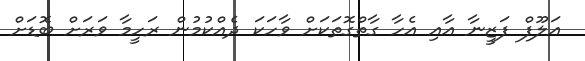
އަލޫފް ފަޒީނާ އާއި އެހާ ގާތްގޮތަކަށް ވާހަކަ ދެއްކުމުން ރަހީމާ ވަރަށް ބޮޑަށް